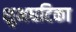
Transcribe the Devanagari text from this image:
शुभघटिका